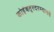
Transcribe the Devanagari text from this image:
कोइंबतूरदरम्यानचे